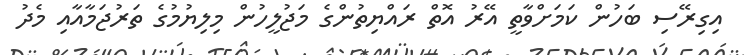
އިގިރޭސި ބަހުން ކަމަށްވާތީ އޭރު އޮތް ރައްޔިތުންގެ މަޖުލީހުން މިލިޔުމުގެ ތަރުޖަމާއާއި މެދު